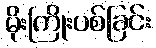
မိုးကြိုးပစ်ခြင်း